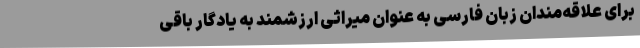
برای علاقه‌مندان زبان فارسی به عنوان میراثی ارزشمند به یادگار باقی